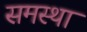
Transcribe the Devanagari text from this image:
समस्था